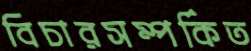
বিচারসম্পর্কিত